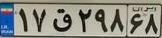
۱۷ق۲۹۸۶۸